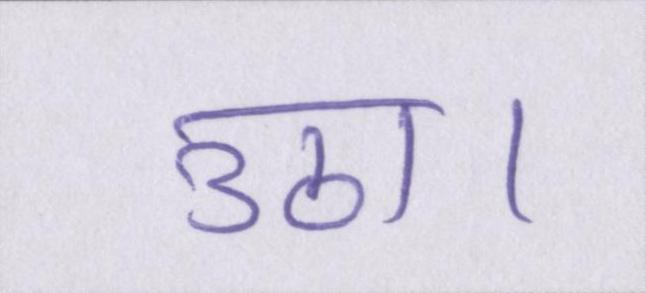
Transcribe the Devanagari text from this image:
उठा।